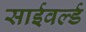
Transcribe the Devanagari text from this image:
साईवर्ल्ड